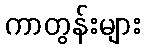
ကာတွန်းများ